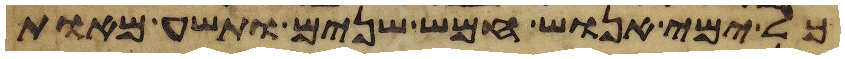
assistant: כל ימי אנוש חמש שנים ותשע מאות